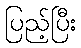
ပြည့်ပြီး